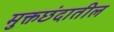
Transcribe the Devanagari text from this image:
मुक्तछंदातील